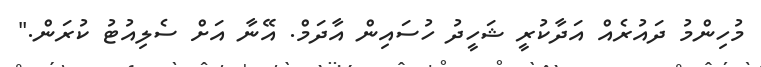
މުހިންމު ދައުރެއް އަދާކުރީ ޝަހީދު ހުސައިން އާދަމް. އޭނާ އަށް ސެލިއުޓު ކުރަން."